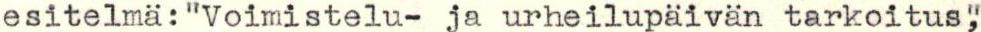
esitelmä:"Voimistelu- ja urheilupäivän tarkoitus",